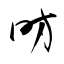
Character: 昉